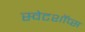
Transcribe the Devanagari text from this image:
स्वेटशॉप्स